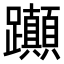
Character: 𨈀